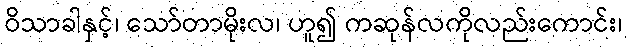
ဝိသာခါနှင့်၊ သော်တာမိုးလ၊ ဟူ၍ ကဆုန်လကိုလည်းကောင်း၊